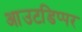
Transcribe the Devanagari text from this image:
आउटडिप्पर